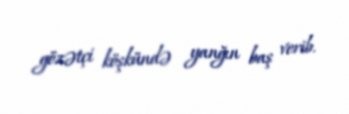
gözətçi köşkündə yanğın baş verib.